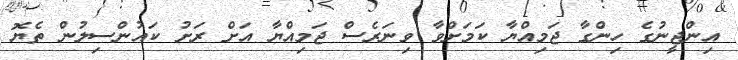
އިންޖީނުގެ ހިންގާ ޖަމިއްޔާ ކަމަށްވާ ވިނަރެސް ޖަމިއްޔާ އަށް ރަށު ކައުންސިލުން ތެޔޮ